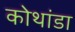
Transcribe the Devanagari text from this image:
कोथांडा